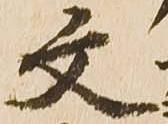
文